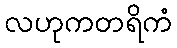
လဟုကတရိကံ